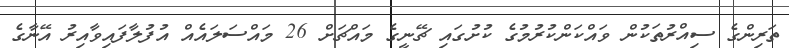
ތަރިންގެ ސިއްރުތަކުން ވައްކަންކުރުމުގެ ކުށުގައި ޗޭނީގެ މައްޗަށް 26 މައްސަލައެއް އުފުލާފައިވާއިރު އޭނާގެ